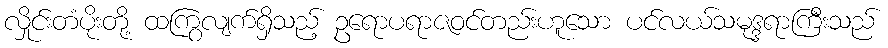
လှိုင်းတံပိုးတို့ ထကြွလျက်ရှိသည့် ဥရောပရာဇဝင်တည်းဟူသော ပင်လယ်သမုဒ္ဒရာကြီးသည်